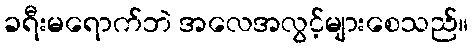
ခရီးမရောက်ဘဲ အလေအလွင့်များစေသည်။